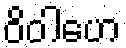
ဝိဝါဟေ